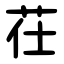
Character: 茌